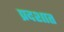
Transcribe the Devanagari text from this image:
प्रदशात